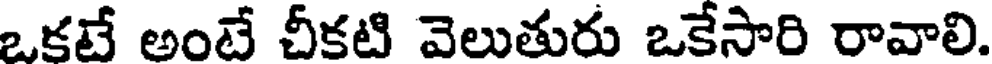
ఒకటే అంటే చీకటి వెలుతురు ఒకేసారి రావాలి.